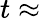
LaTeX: t\approx